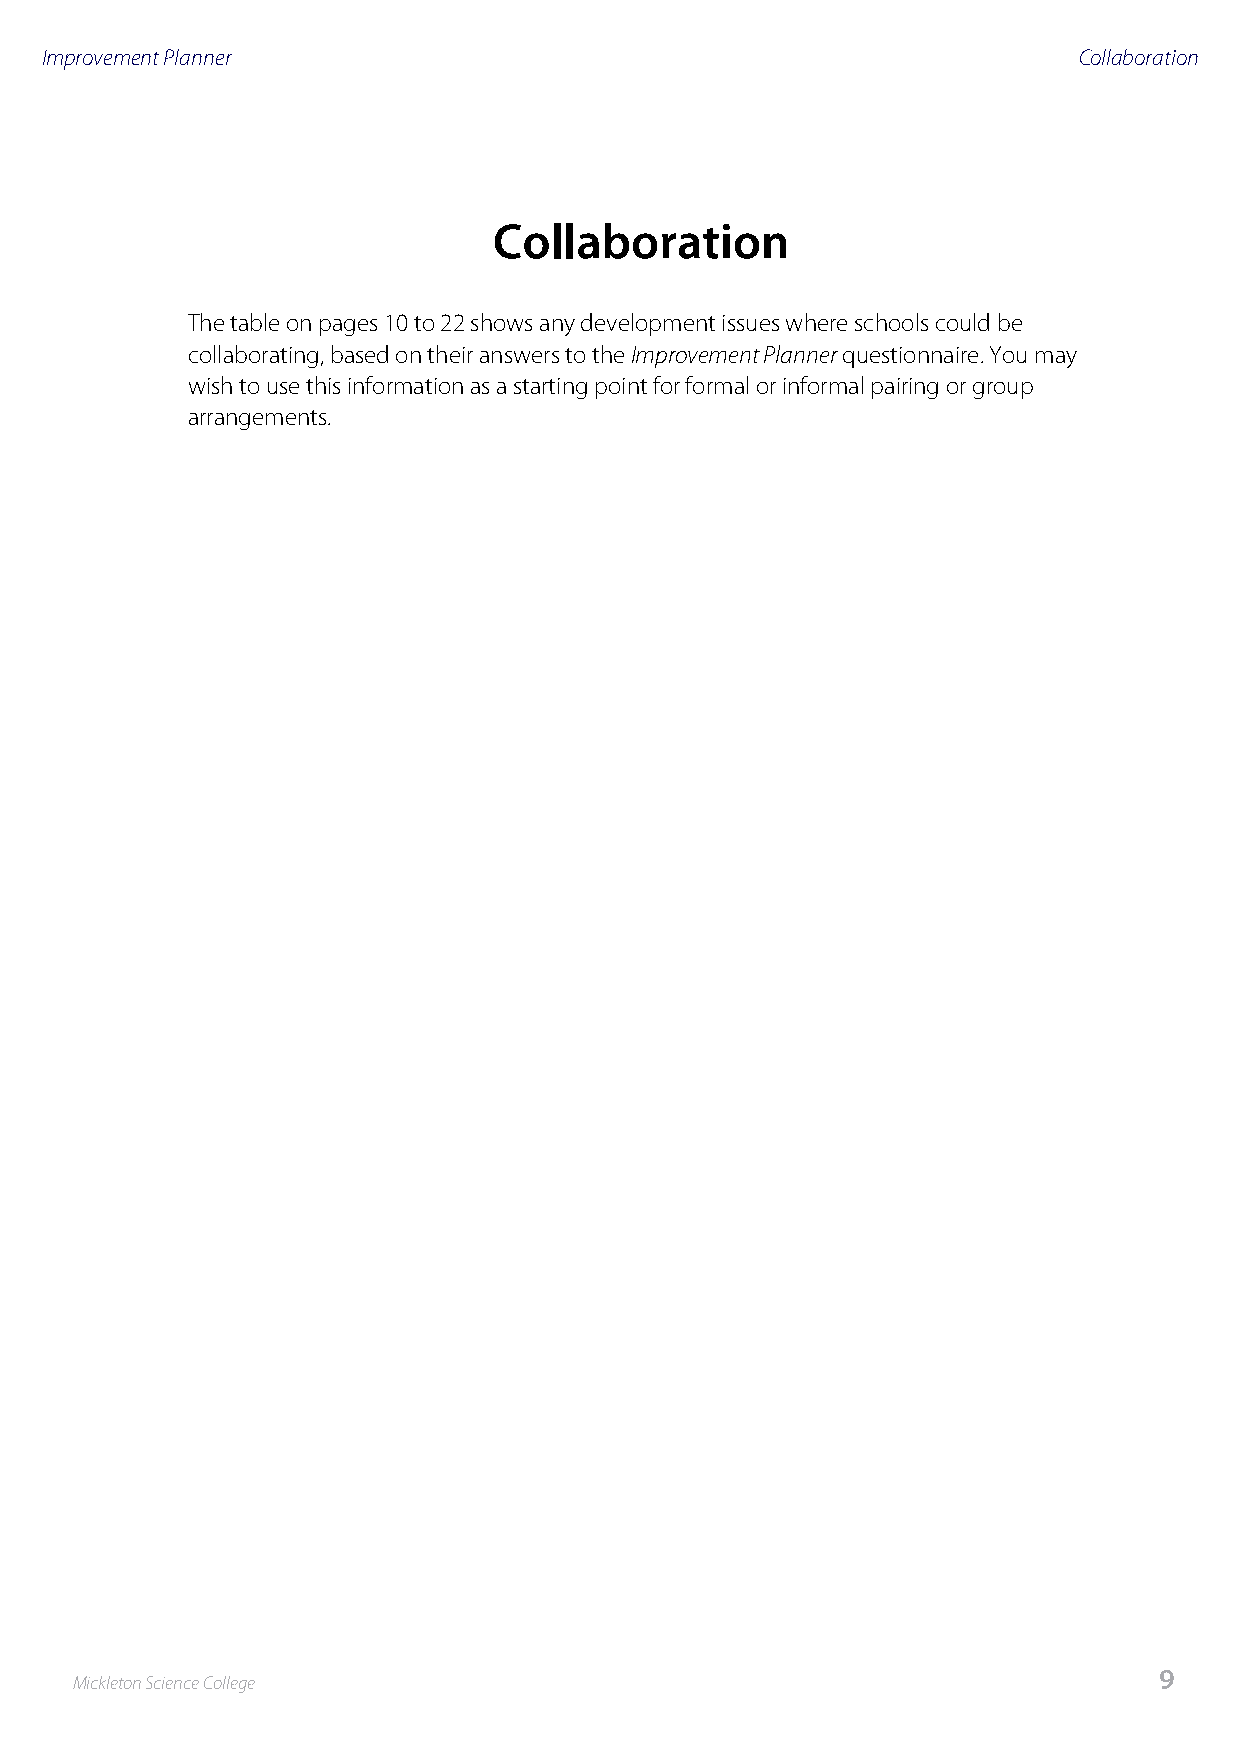
Improvement Planner                                                 Collaboration
 Collaboration
 The table on pages 10 to 22 shows any development issues where schools could be
 collaborating, based on their answers to the Improvement Planner questionnaire. You may
 wish to use this information as a starting point for formal or informal pairing or group
 arrangements.
 9
 Mickleton Science College